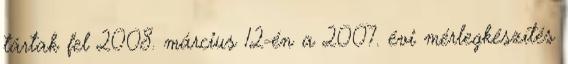
tártak fel 2008. március 12-én a 2007. évi mérlegkészítés